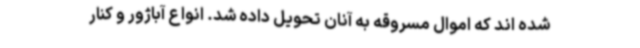
شده اند که اموال مسروقه به آنان تحویل داده شد. انواع آباژور و کنار